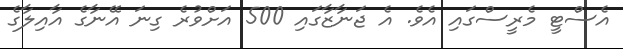
އެސްޓީ މެރީސްގައި އެވެ. އެ ޖަނާޒާގައި 500 އަށްވުރެ ގިނަ އޭނާގެ އާއިލާގެ